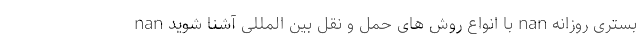
nan با انواع روش های حمل و نقل بین المللی آشنا شوید nan بستری روزانه